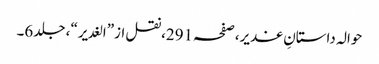
حوالہ داستانِ غدیر،صفحہ291،نقل از”الغدیر“، جلد6۔